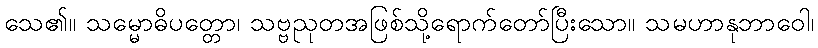
သေ၏။ သမ္မောဓိပတ္တော၊ သဗ္ဗညုတအဖြစ်သို့ရောက်တော်ပြီးသော။ သမဟာနုဘာဝေါ၊